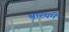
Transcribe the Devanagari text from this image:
श्वास्थमे